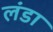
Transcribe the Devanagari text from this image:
लंडा